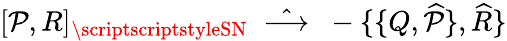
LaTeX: [\mathcal{P},R]_{\scriptscriptstyleSN}\; \; \hat{{\longrightarrow}}\; \; -\{ \{ Q,\widehat{{\mathcal{P}}}\} ,\widehat{{R}}\}